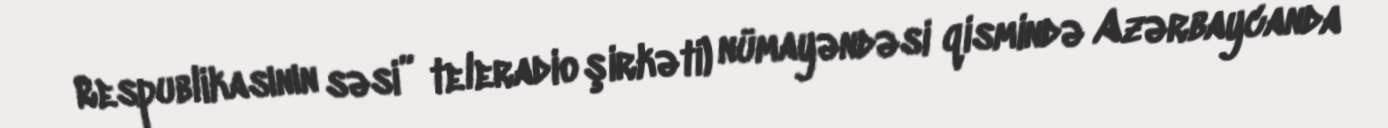
Respublikasının səsi” teleradio şirkəti) nümayəndəsi qismində Azərbaycanda